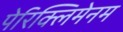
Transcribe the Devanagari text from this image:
पेरिक्लिमेनम